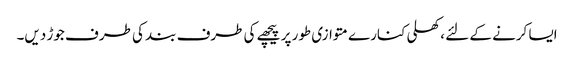
ایسا کرنے کے لئے ، کھلی کنارے متوازی طور پر پیچھے کی طرف بند کی طرف جوڑ دیں۔